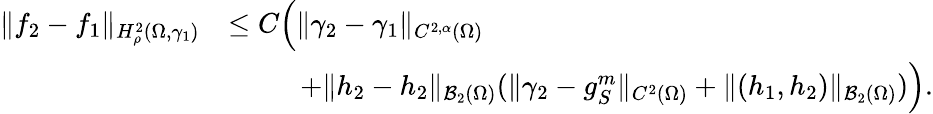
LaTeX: \begin{array}{rl}{\| f_{2}-f_{1}\| _{H_{\rho}^{2}(\Omega,\gamma_{1})}}&{\leq C\Big(\| \gamma_{2}-\gamma_{1}\| _{C^{2,\alpha}(\Omega)}}\\ &{\; \; \qquad+\| h_{2}-h_{2}\| _{\mathcal B_{2}(\Omega)}(\| \gamma_{2}-g_{S}^{m}\| _{C^{2}(\Omega)}+\| (h_{1},h_{2})\| _{\mathcal B_{2}(\Omega)})\Big).}\end{array}